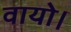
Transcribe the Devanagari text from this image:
वायो।